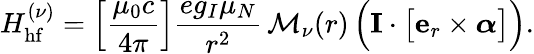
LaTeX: H_{\mathrm{hf}}^{(\nu)}=\left[\frac{\mu_{0}c}{4\pi}\right]\frac{eg_{I}\mu_{N}}{r^{2}}\, \mathcal{M}_{\nu}(r)\, \Big(\mathbf{I}\cdot\big[\mathbf{e}_{r}\times\boldsymbol\alpha\big]\Big).